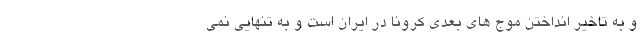
و به تاخیر انداختن موج های بعدی کرونا در ایران است و به تنهایی نمی